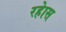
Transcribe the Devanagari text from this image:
रहेास